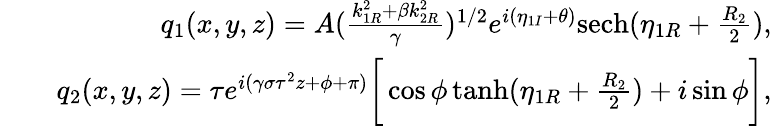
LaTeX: \begin{array}{rlr}&{}&{q_{1}(x,y,z)=A(\frac{k_{1R}^{2}+\beta k_{2R}^{2}}{\gamma})^{1/2}e^{i(\eta_{1I}+\theta)}\mathrm{sech}(\eta_{1R}+\frac{R_{2}}{2}),}\\ &{}&{q_{2}(x,y,z)=\tau e^{i(\gamma\sigma\tau^{2}z+\phi+\pi)}\bigg[\cos\phi\operatorname{tanh}(\eta_{1R}+\frac{R_{2}}{2})+i\sin\phi\bigg],}\end{array}